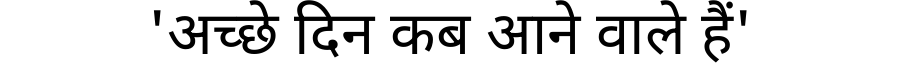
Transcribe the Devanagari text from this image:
'अच्छे दिन कब आने वाले हैं'